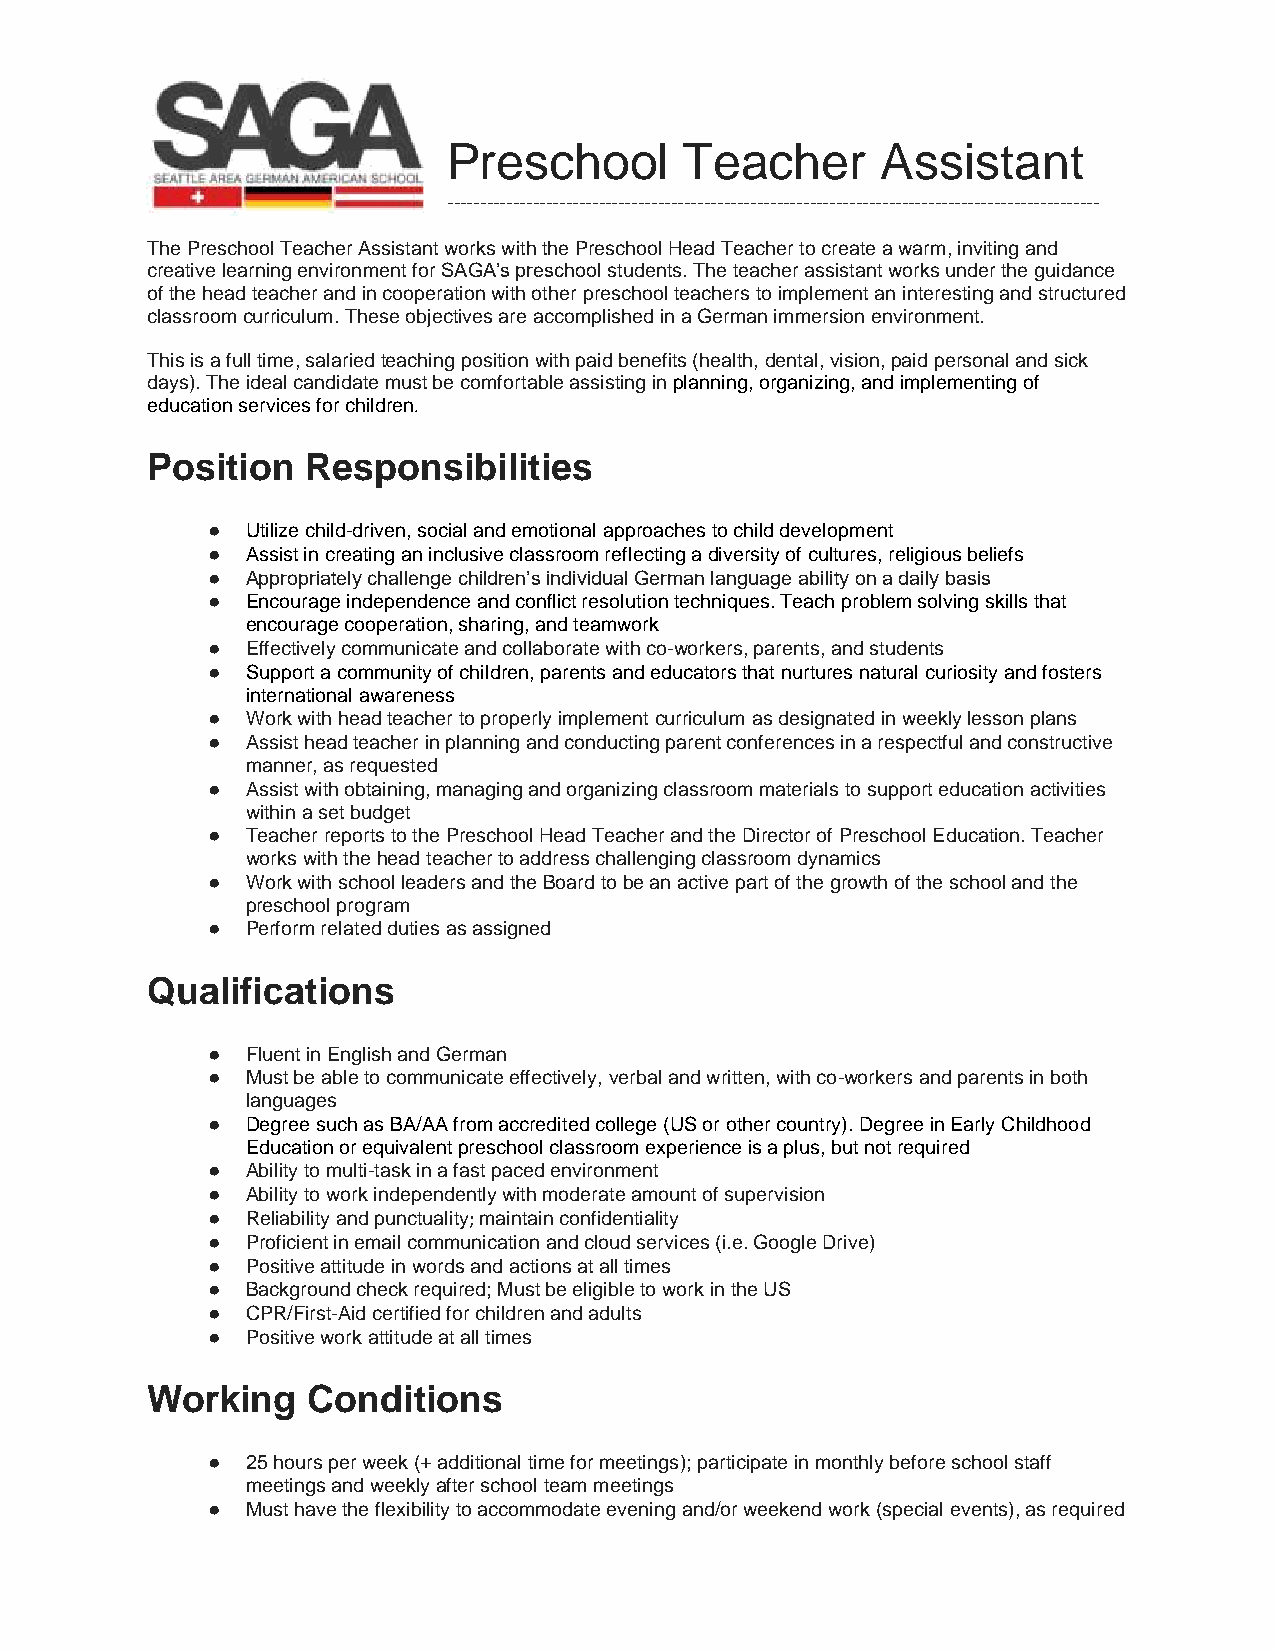
Preschool      Teacher      Assistant
 ---------------------------------------------------------------------------------------------------
 The Preschool Teacher Assistant works with the Preschool Head Teacher to create a warm, inviting and
 creative learning environment for SAGA’s preschool students. The teacher assistant works under the guidance
 of the head teacher and in cooperation with other preschool teachers to implement an interesting and structured
 classroom curriculum. These objectives are accomplished in a German immersion environment.
 This is a full time, salaried teaching position with paid benefits (health, dental, vision, paid personal and sick
 days). The ideal candidate must be comfortable assisting in planning, organizing, and implementing of
 education services for children.
 Position  Responsibilities
 ● Utilize child-driven, social and emotional approaches to child development
 ● Assist in creating an inclusive classroom reflecting a diversity of cultures, religious beliefs
 ● Appropriately challenge children’s individual German language ability on a daily basis
 ● Encourage independence and conflict resolution techniques. Teach problem solving skills that
 encourage cooperation, sharing, and teamwork
 ● Effectively communicate and collaborate with co-workers, parents, and students
 ● Support a community of children, parents and educators that nurtures natural curiosity and fosters
 international awareness
 ● Work with head teacher to properly implement curriculum as designated in weekly lesson plans
 ● Assist head teacher in planning and conducting parent conferences in a respectful and constructive
 manner, as requested
 ● Assist with obtaining, managing and organizing classroom materials to support education activities
 within a set budget
 ● Teacher reports to the Preschool Head Teacher and the Director of Preschool Education. Teacher
 works with the head teacher to address challenging classroom dynamics
 ● Work with school leaders and the Board to be an active part of the growth of the school and the
 preschool program
 ● Perform related duties as assigned
 Qualifications
 ● Fluent in English and German
 ● Must be able to communicate effectively, verbal and written, with co-workers and parents in both
 languages
 ● Degree such as BA/AA from accredited college (US or other country). Degree in Early Childhood
 Education or equivalent preschool classroom experience is a plus, but not required
 ● Ability to multi-task in a fast paced environment
 ● Ability to work independently with moderate amount of supervision
 ● Reliability and punctuality; maintain confidentiality
 ● Proficient in email communication and cloud services (i.e. Google Drive)
 ● Positive attitude in words and actions at all times
 ● Background check required; Must be eligible to work in the US
 ● CPR/First-Aid certified for children and adults
 ● Positive work attitude at all times
 Working   Conditions
 ● 25 hours per week (+ additional time for meetings); participate in monthly before school staff
 meetings and weekly after school team meetings
 ● Must have the flexibility to accommodate evening and/or weekend work (special events), as required